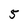
Character: 5